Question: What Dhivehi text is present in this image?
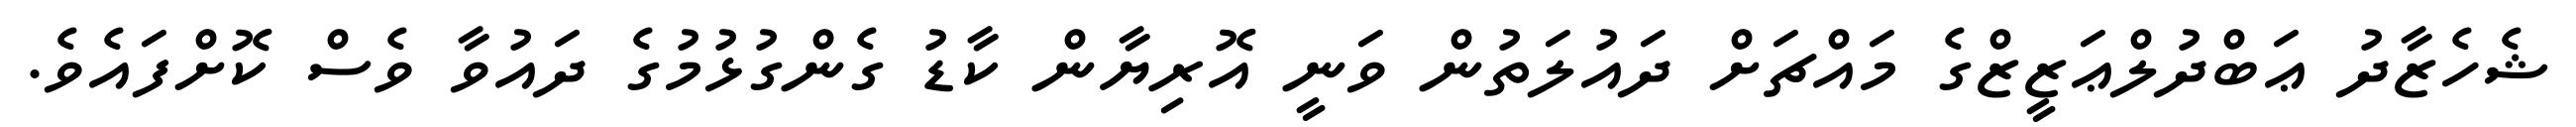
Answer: ޝެހެޒާދު ޢަބްދުލްޢަޒީޒްގެ މައްޗަށް ދައުލަތުން ވަނީ އޮރިޔާން ކާޑު ގެންގުޅުމުގެ ދައުވާ ވެސް ކޮށްފައެވެ.